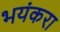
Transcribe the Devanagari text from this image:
भयंकरा